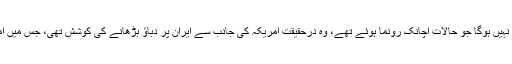
اور ساتھ ہی یوکرائنی مسافر طیارے پر ایرانی میزائل حملے کی ردعمل کو دیکھ کر یہ کہنا مشکل نہیں ہوگا جو حالات اچانک رونما ہوئے تھے، وہ درحقیقت امریکہ کی جانب سے ایران پر دباؤ بڑھانے کی کوشش تھی، جس میں امریکہ ایک حد تک کامیاب نظر آتا ہے مگر ساتھ ہی اس دباؤ کے منفی اثرات بھی سامنے آئے ہیں۔